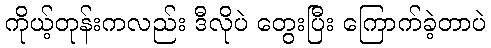
ကိုယ့်တုန်းကလည်း ဒီလိုပဲ တွေးပြီး ကြောက်ခဲ့တာပဲ